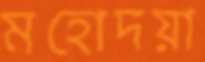
মহোদয়া